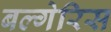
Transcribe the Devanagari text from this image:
बल्गेरिस